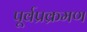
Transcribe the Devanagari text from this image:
पूर्वप्रक्रमण